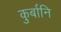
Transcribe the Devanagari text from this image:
कुर्बानि